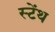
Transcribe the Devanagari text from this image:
स्‍टेंथ